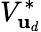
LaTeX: V_{\mathbf{u}_{d}}^{*}